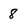
Character: 8